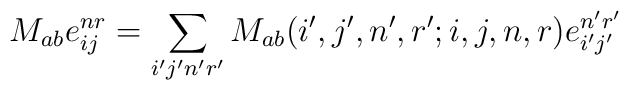
M_{ab}e^{nr}_{ij}=\sum_{i'j'n'r'}M_{ab}(i',j',n',r';i,j,n,r)e^{n'r'}_{i'j'}